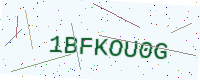
Text: 1BFKOU0G